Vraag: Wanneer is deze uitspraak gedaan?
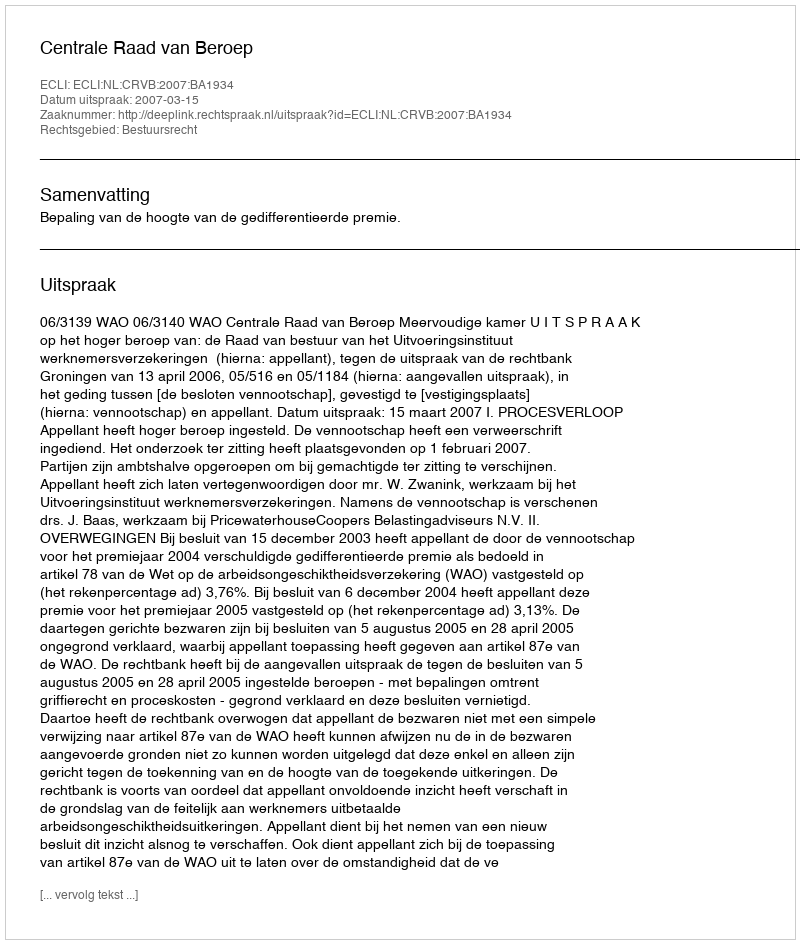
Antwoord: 2007-03-15